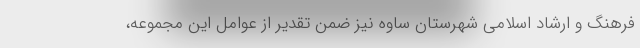
فرهنگ و ارشاد اسلامی شهرستان ساوه نیز ضمن تقدیر از عوامل این مجموعه،